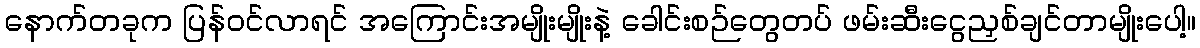
နောက်တခုက ပြန်ဝင်လာရင် အကြောင်းအမျိုးမျိုးနဲ့ ခေါင်းစဉ်တွေတပ် ဖမ်းဆီးငွေညှစ်ချင်တာမျိုးပေါ့။